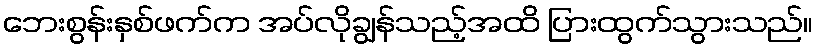
ဘေးစွန်းနှစ်ဖက်က အပ်လိုချွန်သည့်အထိ ပြားထွက်သွားသည်။